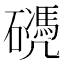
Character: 𥖬